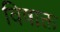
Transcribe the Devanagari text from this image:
विषाक्त